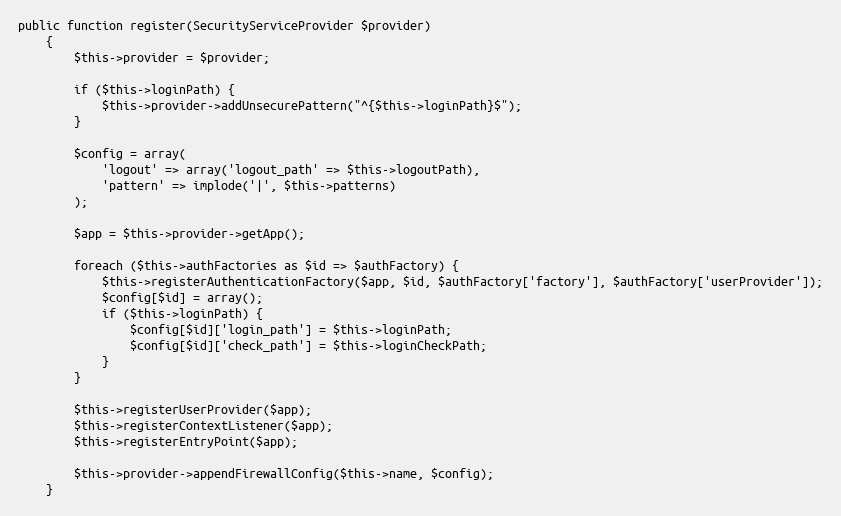
Language: PHP
public function register(SecurityServiceProvider $provider)
    {
        $this->provider = $provider;

        if ($this->loginPath) {
            $this->provider->addUnsecurePattern("^{$this->loginPath}$");
        }

        $config = array(
            'logout' => array('logout_path' => $this->logoutPath),
            'pattern' => implode('|', $this->patterns)
        );

        $app = $this->provider->getApp();

        foreach ($this->authFactories as $id => $authFactory) {
            $this->registerAuthenticationFactory($app, $id, $authFactory['factory'], $authFactory['userProvider']);
            $config[$id] = array();
            if ($this->loginPath) {
                $config[$id]['login_path'] = $this->loginPath;
                $config[$id]['check_path'] = $this->loginCheckPath;
            }
        }

        $this->registerUserProvider($app);
        $this->registerContextListener($app);
        $this->registerEntryPoint($app);

        $this->provider->appendFirewallConfig($this->name, $config);
    }